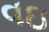
વઇ